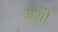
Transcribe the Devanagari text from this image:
अथों